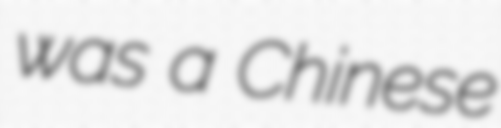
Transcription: was a Chinese